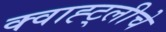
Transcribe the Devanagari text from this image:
क्वाह्ट्लीचे